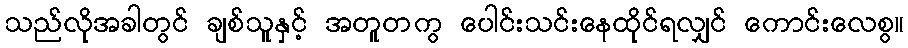
သည်လိုအခါတွင် ချစ်သူနှင့် အတူတကွ ပေါင်းသင်းနေထိုင်ရလျှင် ကောင်းလေစွ။